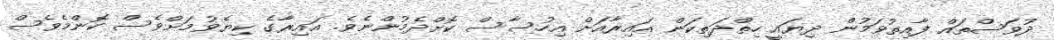
ދުވަސްތައް ފާއިތުވަމުން ދިޔައީ ހިތްދަތިކަން އައިރާއަށް އިހުސާސް ކޮށްދެމުންނެވެ. އައިރާގެ ކިޔެވުމަށްވެސް ކޮންމެވެސް